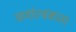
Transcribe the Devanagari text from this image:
वर्णात्मकता